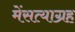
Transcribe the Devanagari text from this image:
मेंसत्याग्रह